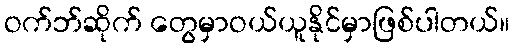
ဝက်ဘ်ဆိုက် တွေမှာဝယ်ယူနိုင်မှာဖြစ်ပါတယ်။